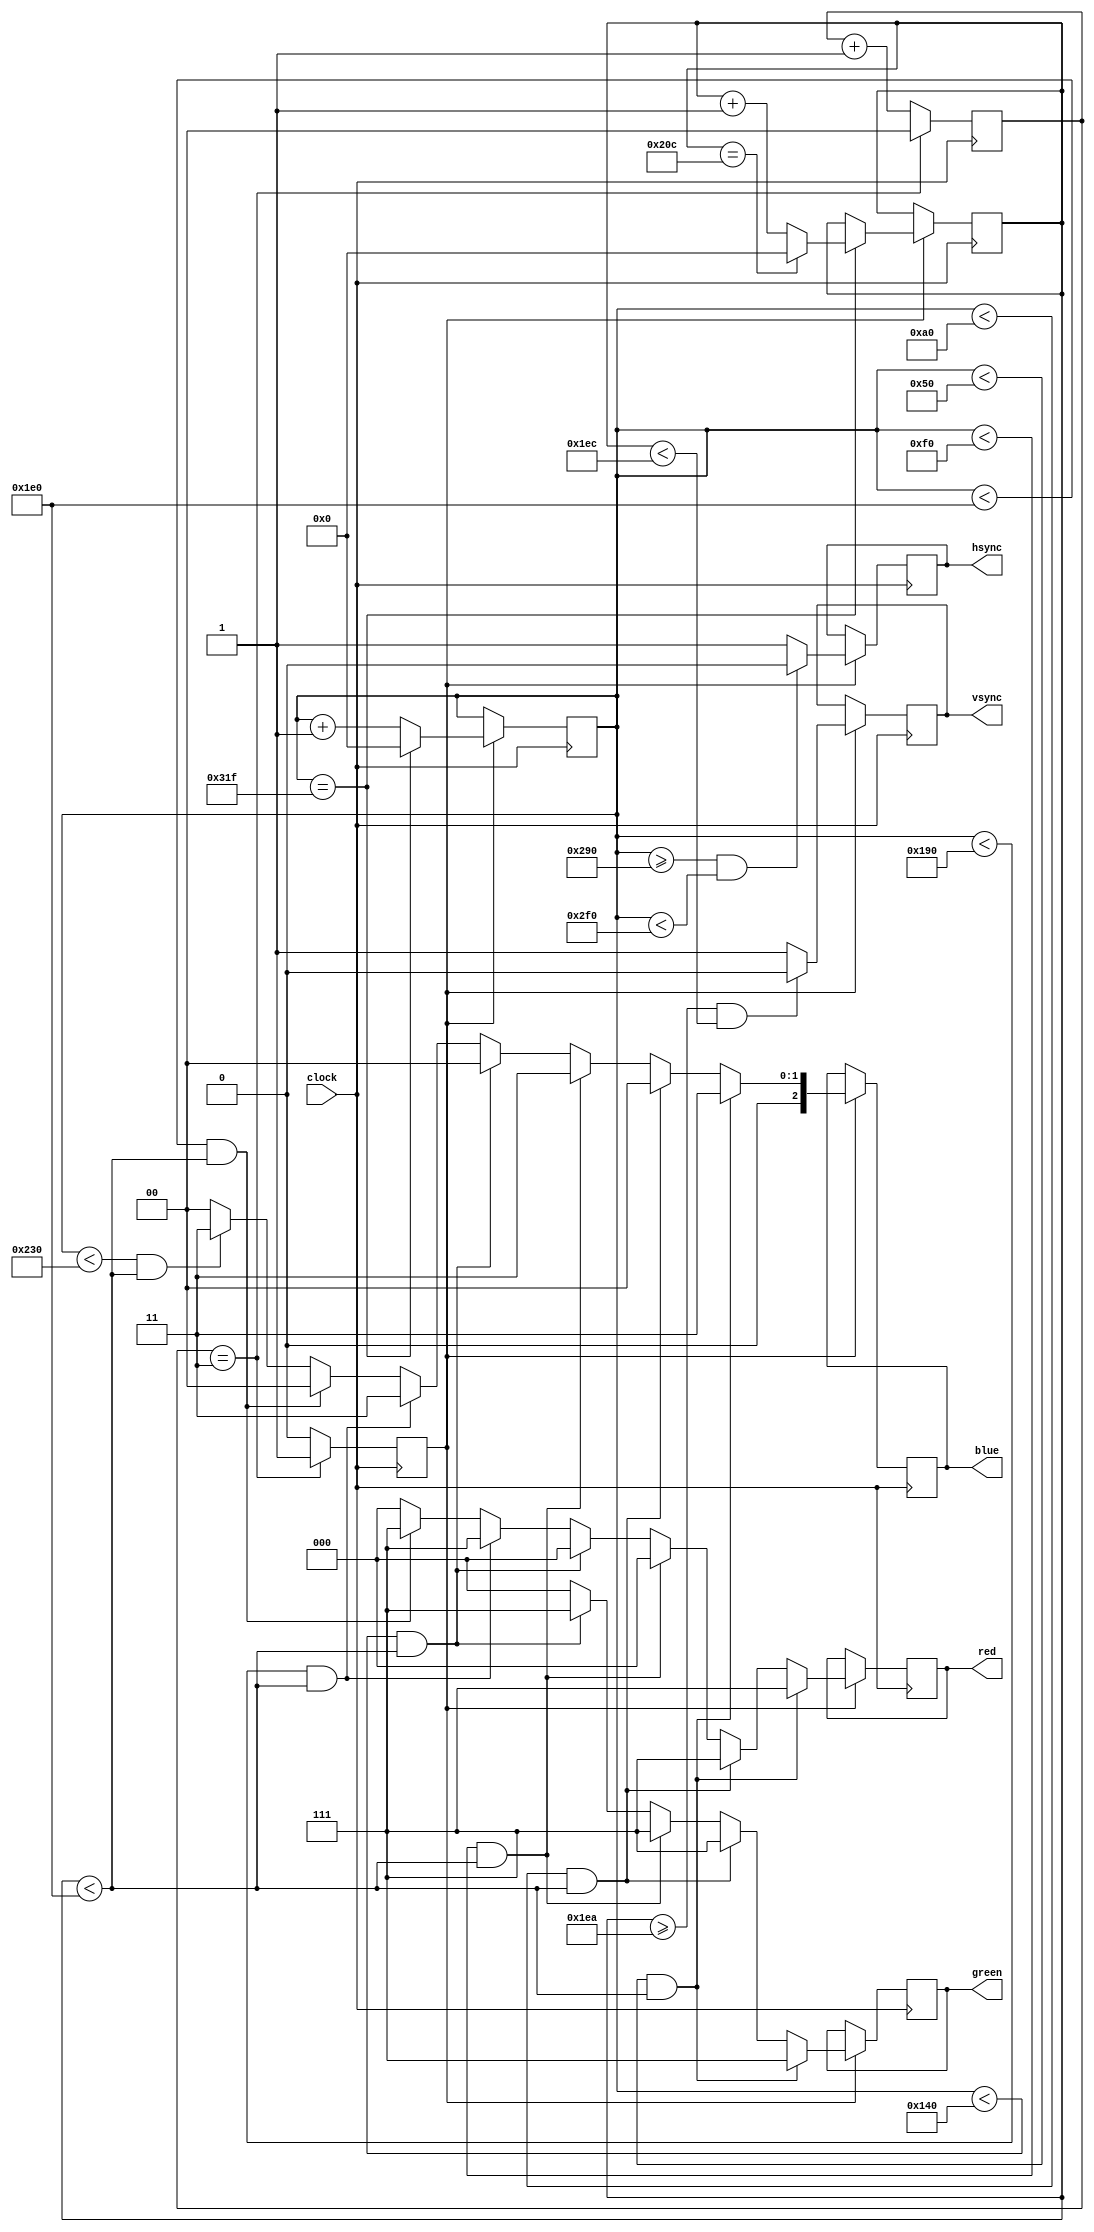
`timescale 1ns / 1ps
module Buffer_vga(clock, red, green, blue, hsync, vsync);

  input clock;
  output reg [2:0 ] red; 
  output reg [2:0 ] green; 
  output reg [2:0 ] blue;
  output reg hsync; 
  output reg vsync;

reg [9:0] hcount = 0;
reg [9:0] vcount = 0;
reg [1:0] counter = 0;
reg enable;

always @ (posedge clock)
begin
  if (counter == 3)
  begin
    counter <= 1'b0;
    enable <= 1'b1;
  end
  else
  begin
    counter <= counter + 1'b1;
    enable <= 1'b0;
  end
end

always @(posedge clock)
begin
  if (enable == 1)
  begin
    if(hcount == 799)
    begin
      hcount <= 0;
      if(vcount == 524)
        vcount <= 0;
      else 
        vcount <= vcount+1'b1;
    end
    else
      hcount <= hcount+1'b1;
 
 
  if (vcount >= 490 && vcount < 492) 
    vsync <= 1'b0;
  else
    vsync <= 1'b1;

  if (hcount >= 656 && hcount < 752) 
    hsync <= 1'b0;
  else
    hsync <= 1'b1;
  end
end

always @ (posedge clock)
begin
  if (enable)
  begin
    if (hcount < 80 && vcount < 480)
    begin
      green <= 3'b111;
      blue <= 2'b11; 
      red <= 3'b111;
    end
    else if (hcount < 160 && vcount < 480) 
    begin
      green <= 3'b111;
      blue <= 2'b00; 
      red <= 3'b111;
    end
    else if (hcount < 240 && vcount < 480)
    begin
      green <= 3'b111;
      blue <= 2'b11; 
      red <= 3'b000;
    end
    else if (hcount < 320 && vcount < 480)
    begin
      green <= 3'b111;
      blue <= 2'b00; 
      red <= 3'b000;
    end
    else if (hcount < 400 && vcount < 480)
    begin
      green <= 3'b000;
      blue <= 2'b11; 
      red <= 3'b111;
    end
    else if (hcount < 480 && vcount < 480)
    begin
      green <= 3'b000;
      blue <= 2'b00; 
      red <= 3'b111;
    end
    else if (hcount < 560 && vcount < 480)
    begin
      green <= 3'b000;
      blue <= 2'b11; 
      red <= 3'b000;
    end
    else if (hcount < 640 && vcount < 480)
    begin
      green <= 3'b000;
      blue <= 2'b00; 
      red <= 3'b000;
    end
    else 
    begin
      green <= 3'b000;
      blue <= 2'b00; 
      red <= 3'b000;
    end
  end 
end 
endmodule